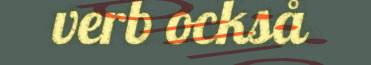
verb också